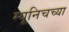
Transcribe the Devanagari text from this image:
म्यूनिचच्या